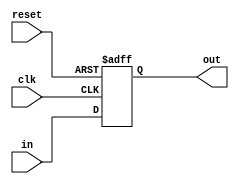
module register 
#( parameter DATA_WIDTH = 8) 
(clk, reset, in, out);

  input clk,reset;
  input [DATA_WIDTH-1:0] in;
  
  output reg [DATA_WIDTH-1:0] out;
  
  always @(posedge clk, posedge reset)begin
    if(reset)begin
      out <= 0;
    end
  else begin
    out <= in;
  end
end
endmodule